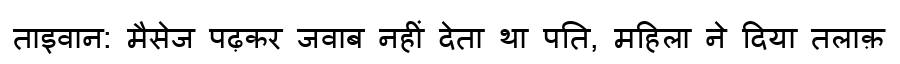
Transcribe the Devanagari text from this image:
ताइवान: मैसेज पढ़कर जवाब नहीं देता था पति, महिला ने दिया तलाक़